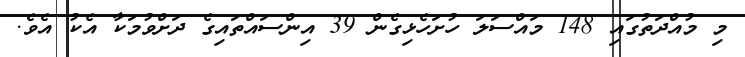
މި މުއްދަތުގައި 148 މައްސަލަ ހުށަހެޅިގެން 39 އިންސައްތައިގެ ދަށްވުމަކާ އެކު އެވެ.